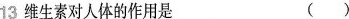
13 维生素对人体的作用是 ( )